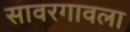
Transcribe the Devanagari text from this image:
सावरगावला